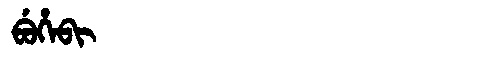
Manchu: ᠪᡠᡥᡝᠪᡳ
Romanization: BUHEBI